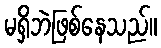
မရှိဘဲဖြစ်နေသည်။